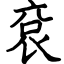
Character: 袞